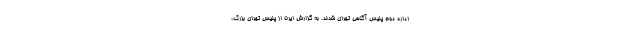
اداره دوم پلیس آگاهی تهران شدند. به گزارش ایرنا از پلیس تهران بزرگ،